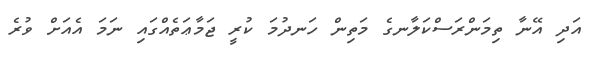
އަދި އޭނާ ތިމަންރަސްކަލާނގެ މަތިން ހަނދުމަ ކުރީ ޖަމާޢަތެއްގައި ނަމަ އެއަށް ވުރެ